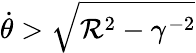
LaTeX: \dot{\theta}>\sqrt{{\mathcal R}^{2}-\gamma^{-2}}